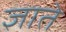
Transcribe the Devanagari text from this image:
ज्ञाते